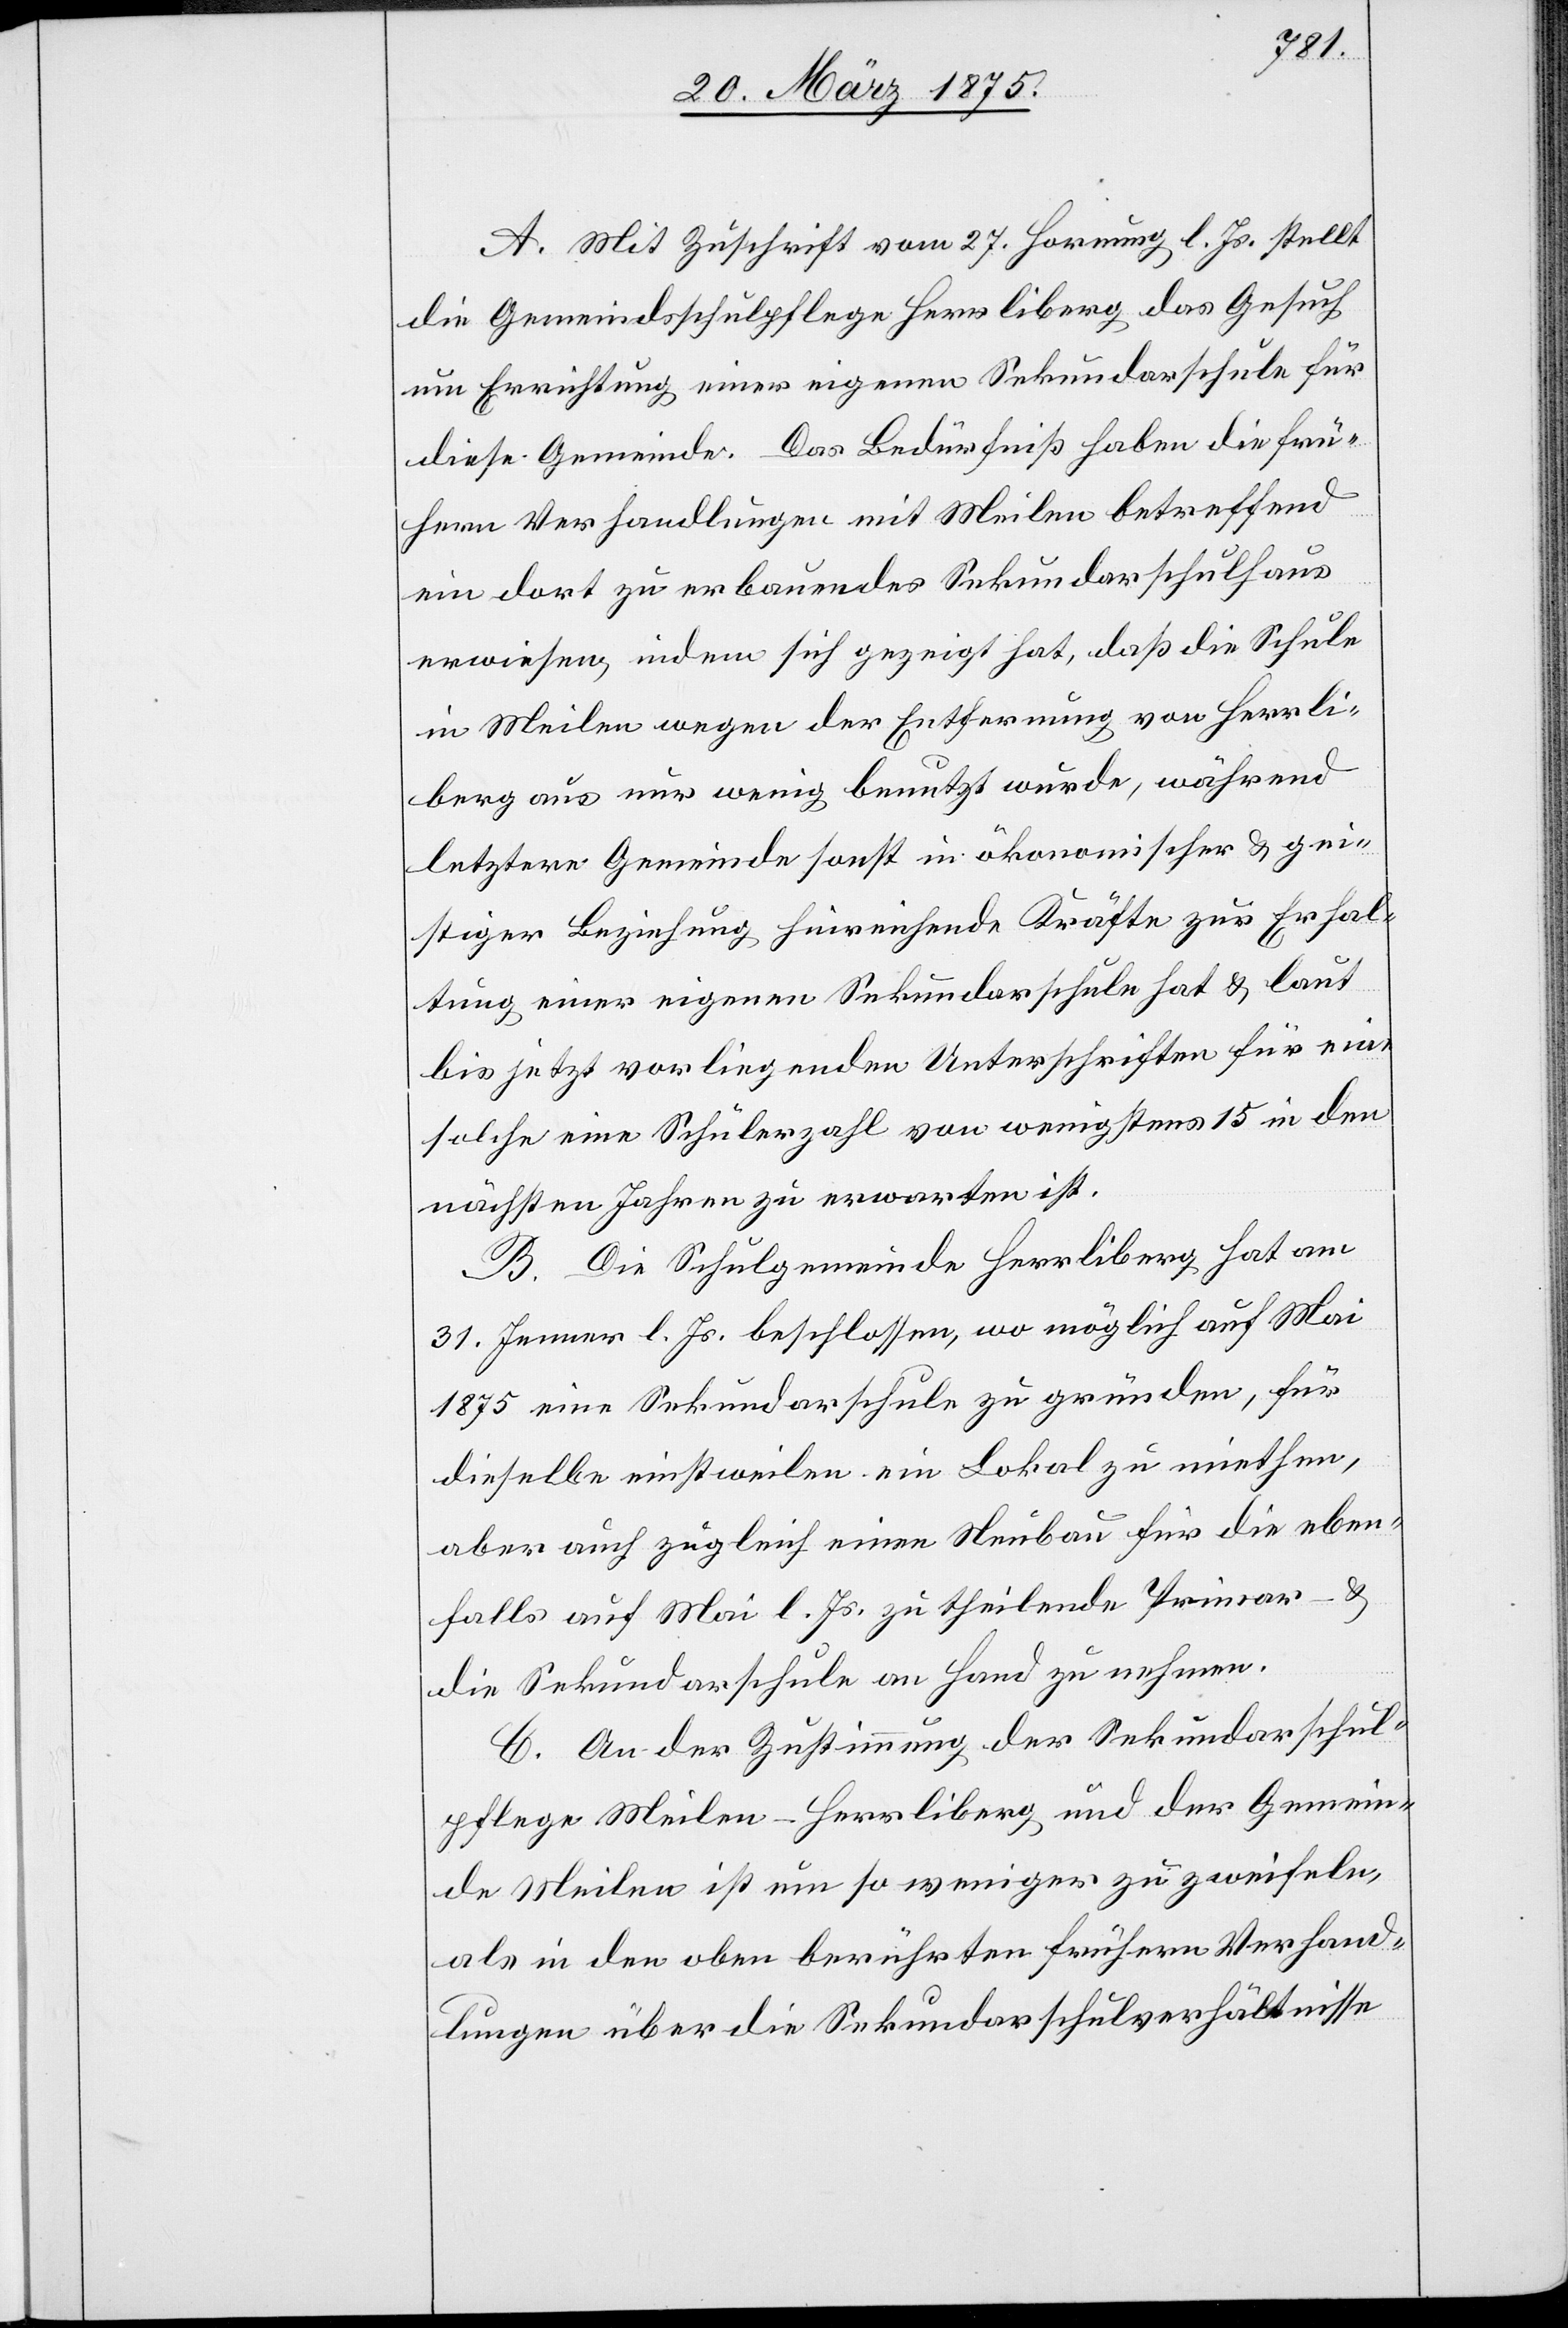
A. Mit Zuschrift vom 27. Hornung l. Js. stellt
die Gemeindsschulpflege Herrliberg das Gesuch
um Errichtung einer eigenen Sekundarschule für
diese Gemeinde. Das Bedürfniß haben die frü¬
hern Verhandlungen mit Meilen betreffend
ein dort zu erbauendes Sekundarschulhaus
erwiesen, indem sich gezeigt hat, daß die Schule
in Meilen wegen der Entfernung von Herrli¬
berg aus nur wenig benutzt wurde, während
letztere Gemeinde sonst in ökonomischer & ge¬
istiger Beziehung hinreichende Kräfte zur Erhal¬
tung einer eigenen Sekundarschule hat & laut
bis jetzt vorliegenden Unterschriften für eine
solche eine Schülerzahl von wenigstens 15 in den
nächsten Jahren zu erwarten ist.
B. Die Schulgemeinde Herrliberg hat am
31. Jenner l. Js. beschlossen wo möglich auf Mai
1875 eine Sekundarschule zu gründen, für
dieselbe einstweilen ein Lokal zu miethen,
aber auch zugleich einen Neubau für die eben¬
falls auf Mai l. Js. zu theilende Primar- &
die Sekundarschule an Hand zu nehmen.
C. An der Zustimmung der Sekundarschul¬
pflege Meilen-Herrliberg und der Gemein¬
de Meilen ist um so weniger zu zweifeln,
als in den oben berührten frühern Verhand¬
lungen über die Sekundaschulverhältnisse